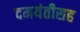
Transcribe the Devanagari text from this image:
दमयंतीसह